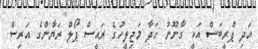
އަދި ޕްރީބަސް އަކީ ގާނޫނު ހަދާ މަޖިލީހުގެ ރައީސް ޕޯލް ރަޔާންގެ އަރިސް